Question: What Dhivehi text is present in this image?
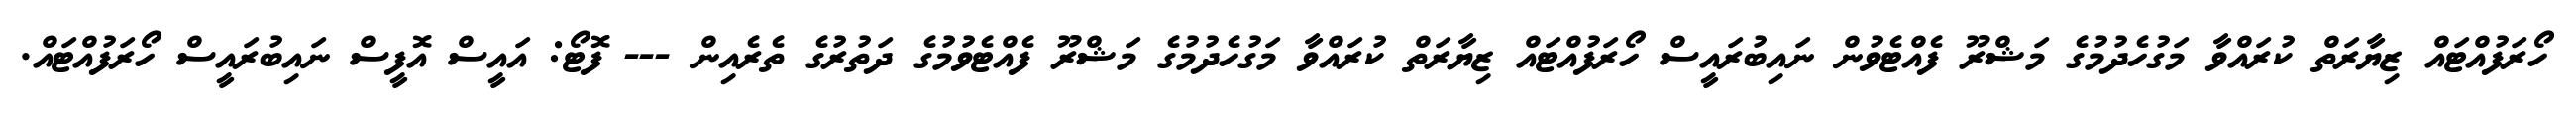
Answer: ހޯރަފުއްޓައް ޒިޔާރަތް ކުރައްވާ މަގުހެދުމުގެ މަޝްރޫ ފެއްޓެވުން ނައިބުރައީސް ހޯރަފުއްޓައް ޒިޔާރަތް ކުރައްވާ މަގުހެދުމުގެ މަޝްރޫ ފެއްޓެވުމުގެ ދަތުރުގެ ތެރެއިން --- ފޮޓޯ: އައީސް އޮފީސް ނައިބުރައީސް ހޯރަފުއްޓައް.